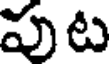
పుట